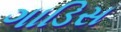
ગાડિસ